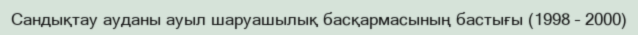
Сандықтау ауданы ауыл шаруашылық басқармасының бастығы (1998 – 2000)